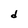
Character: d